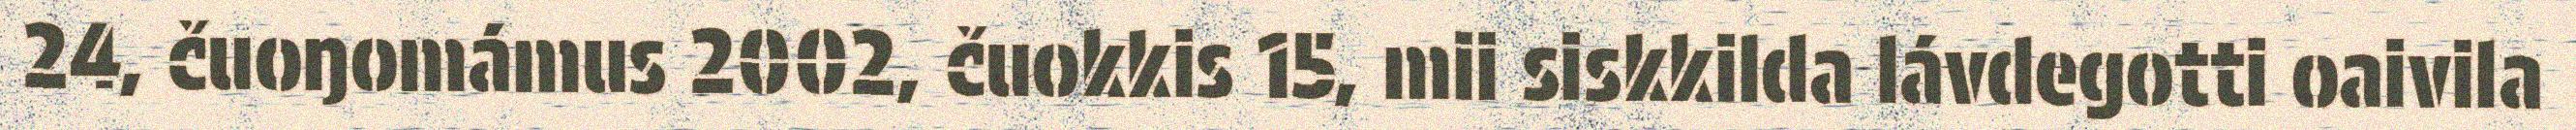
24, čuoŋomámus 2002, čuokkis 15, mii siskkilda lávdegotti oaivila